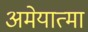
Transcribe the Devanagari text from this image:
अमेयात्मा